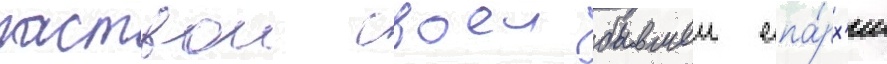
паствои своеи бывшеи епа́рх'ии